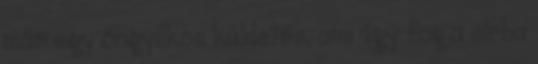
már egy öngyilkos küldetés, ami úgy fog a sírba